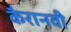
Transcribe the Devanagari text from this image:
कैरानवी